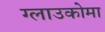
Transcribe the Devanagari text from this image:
ग्लाउकोमा